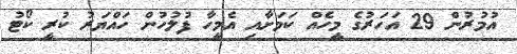
އުމުރުން 29 އަހަރުގެ މީހެއް ކަމަށާއި އެމީހާ ފުލުހުން ހައްޔަރު ކުރީ ކޯޓު